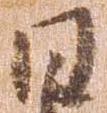
日